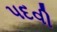
પદવી